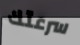
سرعتك